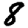
Digit: 8